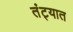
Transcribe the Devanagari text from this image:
तंट्यात